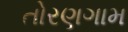
તોરણગામ